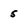
Character: 5